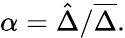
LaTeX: \alpha={\hat{\Delta}}/{\overline{{\Delta}}}.